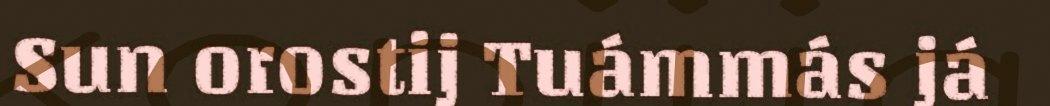
Sun orostij Tuámmás já